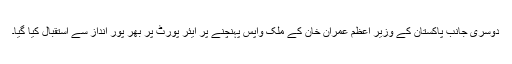
دوسری جانب پاکستان کے وزیر اعظم عمران خان کے ملک واپس پہنچنے پر ایئر پورٹ پر بھر پور انداز سے استقبال کیا گیا۔